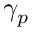
\gamma _ { p }